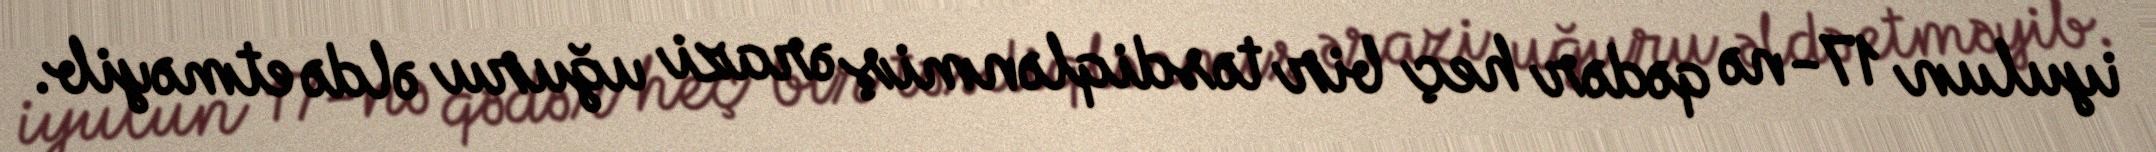
iyulun 17-nə qədər heç bir təsdiqlənmiş ərazi uğuru əldə etməyib.